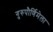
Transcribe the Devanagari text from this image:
गुरुपौर्णिमेला